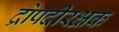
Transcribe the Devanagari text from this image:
द्रोपदीरक्षक